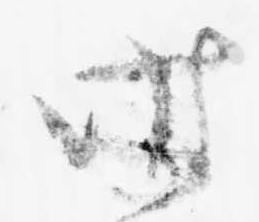
時